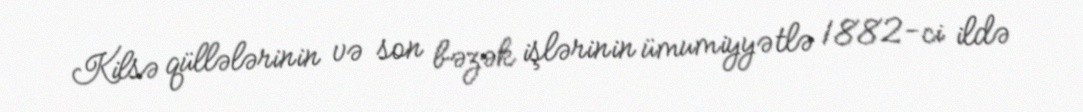
Kilsə qüllələrinin və son bəzək işlərinin ümumiyyətlə 1882-ci ildə